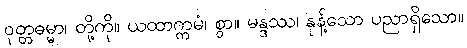
ဝုတ္တဓမ္မာ၊ တို့ကို။ ယထာက္ကမံ၊ စွာ။ မန္ဒဿ၊ နုန့်သော ပညာရှိသော။